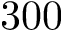
3 0 0